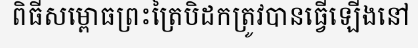
ពិធីសម្ពោធព្រះត្រៃបិដកត្រូវបានធ្វើឡើងនៅ